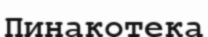
Пинакотека